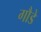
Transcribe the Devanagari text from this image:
गौडे